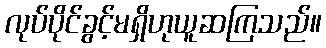
လုပ်ပိုင်ခွင့်မရှိဟုယူဆကြသည်။